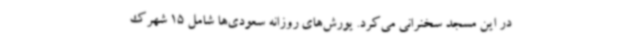
در این مسجد سخنرانی می‌کرد. یورش‌های روزانه سعودی‌ها شامل 15 شهرک